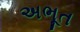
અભૂત